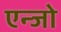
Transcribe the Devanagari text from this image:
एन्जो